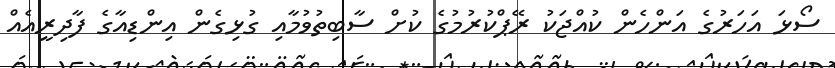
ސޯޅަ އަހަރުގެ އަންހެން ކުއްޖަކު ރޭޕްކުރުމުގެ ކުށް ސާބިތުވުމާއި ގުޅިގެން އިންޑިއާގެ ފާދިރީއެއް